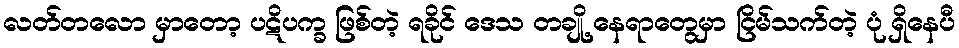
လတ်တလော မှာတော့ ပဋိပက္ခ ဖြစ်တဲ့ ရခိုင် ဒေသ တချို့ နေရာတွေမှာ ငြိမ်သက်တဲ့ ပုံ ရှိနေပီ